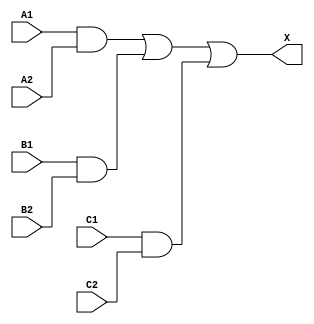
/*
 * Copyright 2020 The SkyWater PDK Authors
 *
 * Licensed under the Apache License, Version 2.0 (the "License");
 * you may not use this file except in compliance with the License.
 * You may obtain a copy of the License at
 *
 *     https://www.apache.org/licenses/LICENSE-2.0
 *
 * Unless required by applicable law or agreed to in writing, software
 * distributed under the License is distributed on an "AS IS" BASIS,
 * WITHOUT WARRANTIES OR CONDITIONS OF ANY KIND, either express or implied.
 * See the License for the specific language governing permissions and
 * limitations under the License.
 *
 * SPDX-License-Identifier: Apache-2.0
*/


`ifndef SKY130_FD_SC_MS__A222O_FUNCTIONAL_V
`define SKY130_FD_SC_MS__A222O_FUNCTIONAL_V

/**
 * a222o: 2-input AND into all inputs of 3-input OR.
 *
 *        X = ((A1 & A2) | (B1 & B2) | (C1 & C2))
 *
 * Verilog simulation functional model.
 */

`timescale 1ns / 1ps
`default_nettype none

`celldefine
module sky130_fd_sc_ms__a222o (
    X ,
    A1,
    A2,
    B1,
    B2,
    C1,
    C2
);

    // Module ports
    output X ;
    input  A1;
    input  A2;
    input  B1;
    input  B2;
    input  C1;
    input  C2;

    // Local signals
    wire and0_out ;
    wire and1_out ;
    wire and2_out ;
    wire or0_out_X;

    //  Name  Output     Other arguments
    and and0 (and0_out , B1, B2                      );
    and and1 (and1_out , A1, A2                      );
    and and2 (and2_out , C1, C2                      );
    or  or0  (or0_out_X, and1_out, and0_out, and2_out);
    buf buf0 (X        , or0_out_X                   );

endmodule
`endcelldefine

`default_nettype wire
`endif  // SKY130_FD_SC_MS__A222O_FUNCTIONAL_V